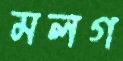
মলগ